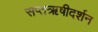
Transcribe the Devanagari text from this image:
सप्तऋषीदर्शन